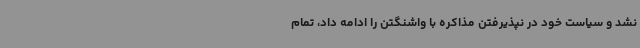
نشد و سیاست خود در نپذیرفتن مذاکره با واشنگتن را ادامه داد، تمام